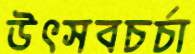
উৎসবচর্চা